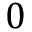
0